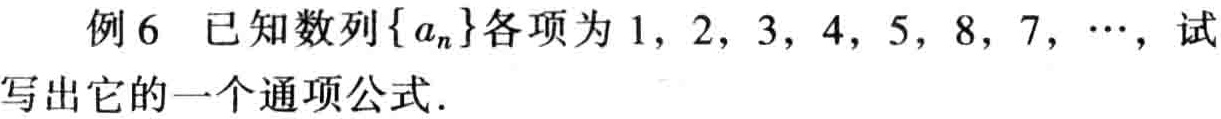
例6 已知数列\(\{a_{n}\}\)各项为\(1,2,3,4,5,8,7,\cdots\)，试写出它的一个通项公式.